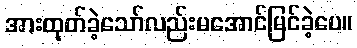
အားထုတ်ခဲ့သော်လည်းမအောင်မြင်ခဲ့ပေ။